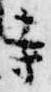
寺